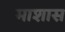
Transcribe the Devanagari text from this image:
माशास